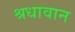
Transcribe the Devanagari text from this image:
श्रधावान